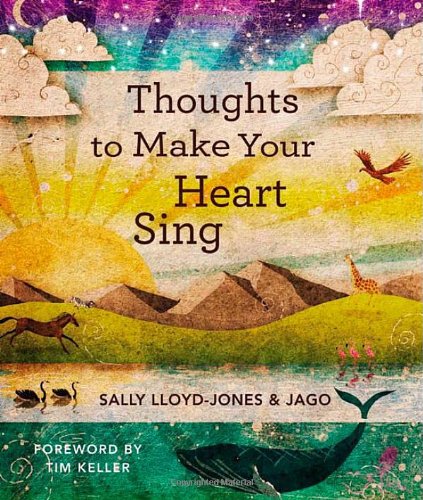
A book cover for Thoughts to Make Your Heart Sing; Sally Lloyd-Jones; Education & Teaching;